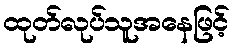
ထုတ်လုပ်သူအနေဖြင့်